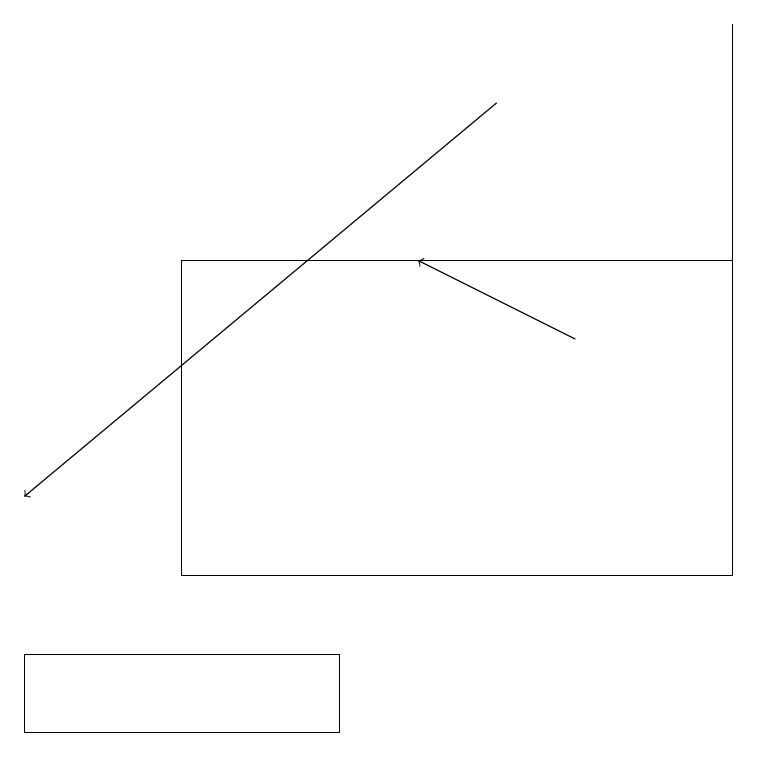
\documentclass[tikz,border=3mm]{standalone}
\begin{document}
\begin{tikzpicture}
\draw[->] (7,15) -- (5,16);
\draw (9,19) rectangle (9,12);
\draw (2,16) rectangle (9,12);
\draw[->] (6,18) -- (0,13);
\draw (4,10) rectangle (0,11);
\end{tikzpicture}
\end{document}